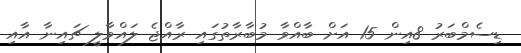
ޑިސެމްބަރު 8އިން 15 އަށް ބާއްވާ މުބާރާތުގައި ރާއްޖެ ލައްވާލީ ޗައިނާ އާއި